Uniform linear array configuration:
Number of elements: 48
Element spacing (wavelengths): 0.5
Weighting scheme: kaiser
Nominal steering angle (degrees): -30
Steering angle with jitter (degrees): -30.095
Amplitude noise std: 0.05
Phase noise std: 0.05

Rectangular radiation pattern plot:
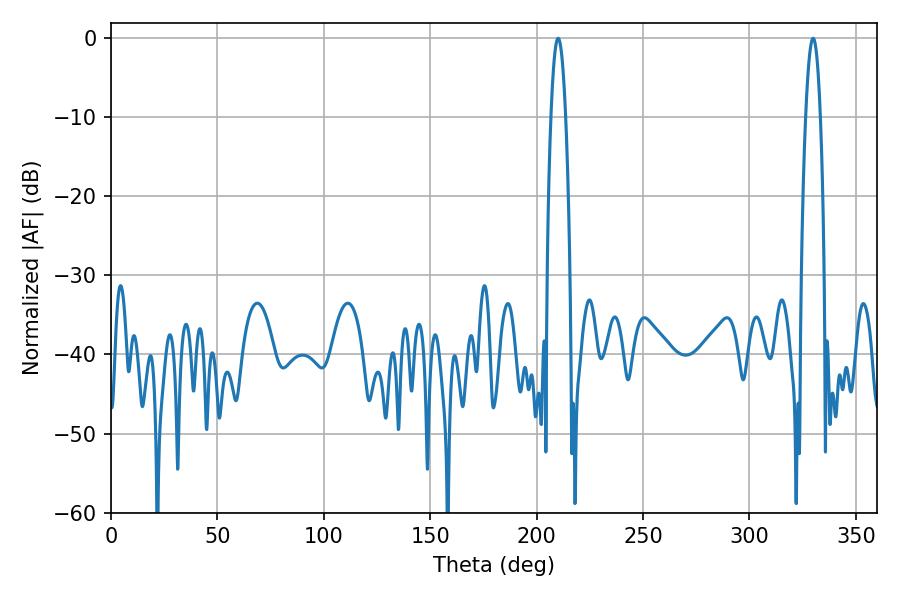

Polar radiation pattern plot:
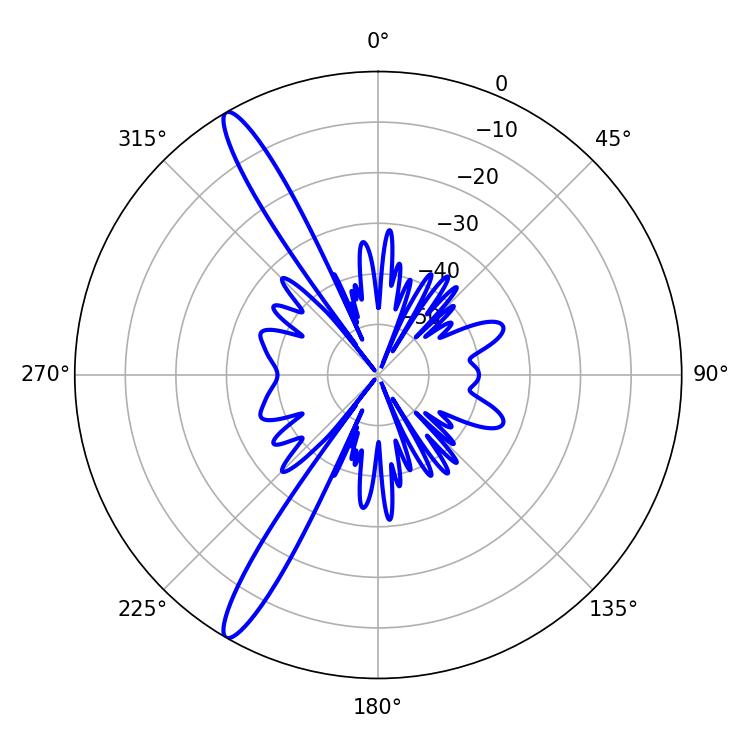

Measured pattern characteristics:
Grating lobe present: FALSE
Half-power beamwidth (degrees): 3.78
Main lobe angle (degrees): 210.06